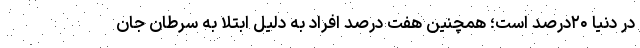
در دنیا ۲۰درصد است؛ همچنین هفت درصد افراد به دلیل ابتلا به سرطان جان